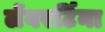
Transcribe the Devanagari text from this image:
लेंबरर्टिना